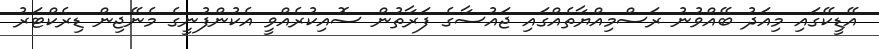
އޭޑީކޭގައި މިއަދު ބޭއްވުނު ރަސްމިއްޔާތެއްގައި ޖައުސާގެ ފަރާތުން ސޮއިކުރެއްވީ އެކުންފުނީގެ މެނޭޖިން ޑިރެކްޓަރު